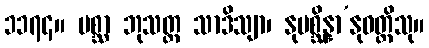
၁၁၇၄။ ပစ္ဆာ ဘုသတ္တ သာဒိသျာ၊ နုပစ္ဆိန္နာ’နုဝတ္တိသု။